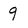
Character: 9